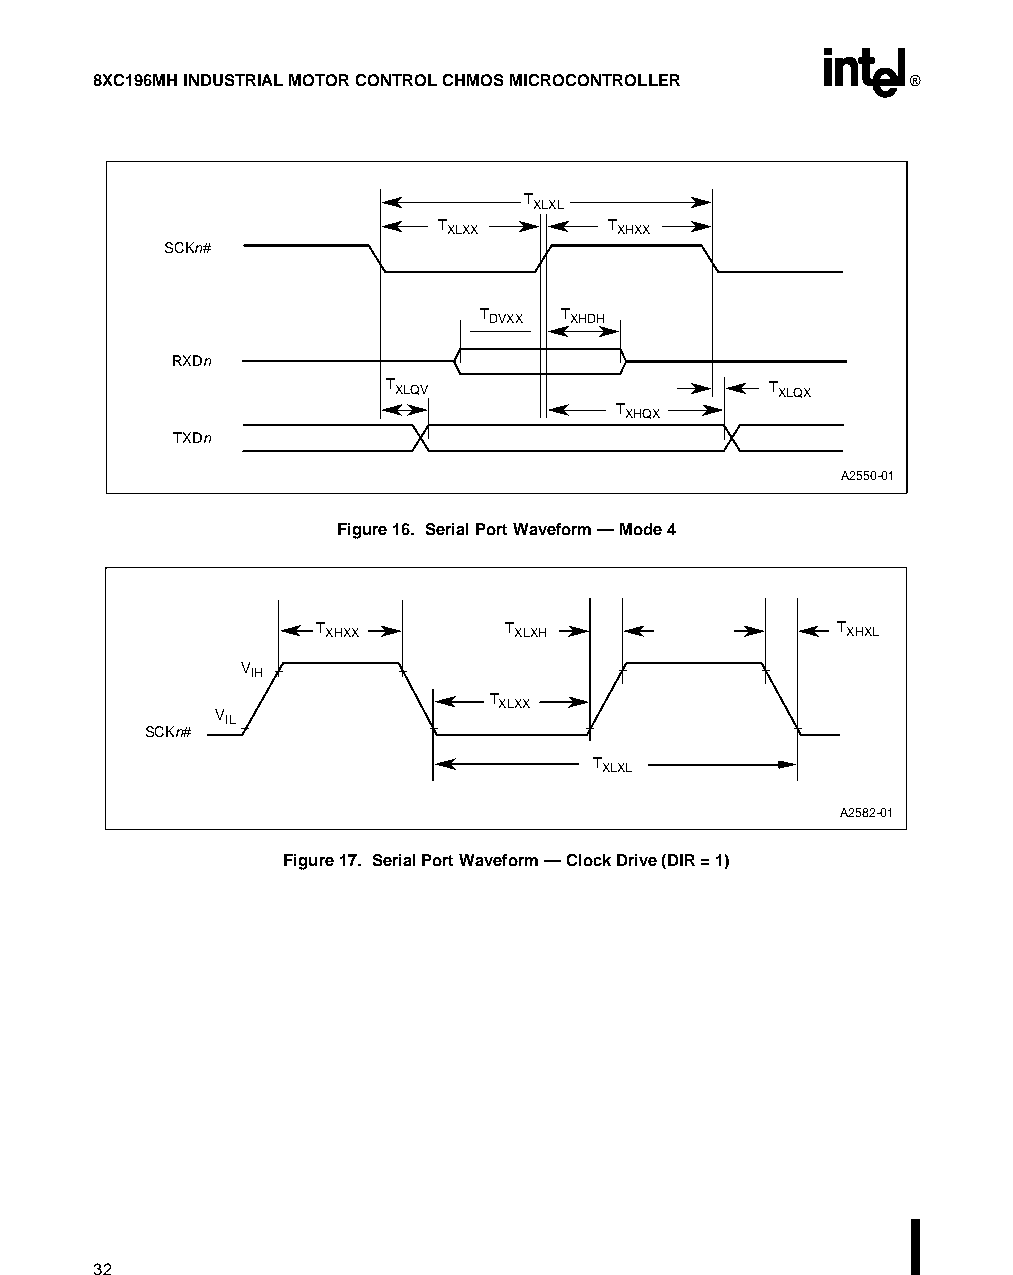
8XC196MH INDUSTRIAL MOTOR CONTROL CHMOS MICROCONTROLLER ®
 TXLXL
 TXLXX      TXHXX
 SCKn#
 TDVXX TXHDH
 RXDn
 TXLQV                     TXLQX
 TXHQX
 TXDn
 A2550-01
 Figure 16. Serial Port Waveform — Mode 4
 TXHXX       TXLXH                 TXHXL
 VIH
 TXLXX
 VIL
 SCKn#
 TXLXL
 A2582-01
 Figure 17. Serial Port Waveform — Clock Drive (DIR = 1)
 32